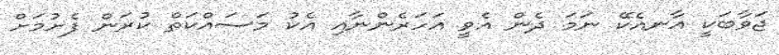
ޖަވާބަކީ އާނއެކޭ ނަމަ ދެން އެވީ އަހަރެންނާއި އެކު މަސައްކަތް ކުރަން ފެށުމަށް